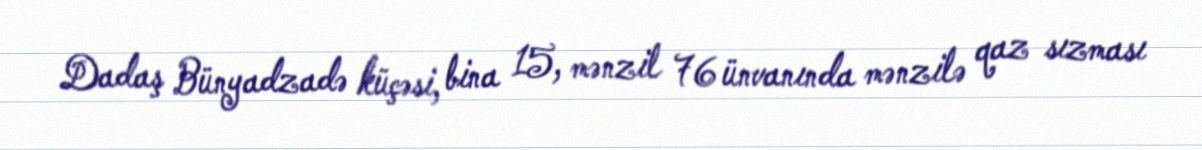
Dadaş Bünyadzadə küçəsi, bina 15, mənzil 76 ünvanında mənzilə qaz sızması